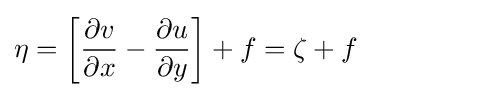
\eta =\left[{\frac {\partial v}{\partial x}}-{\frac {\partial u}{\partial y}}\right]+f=\zeta +f\qquad \qquad